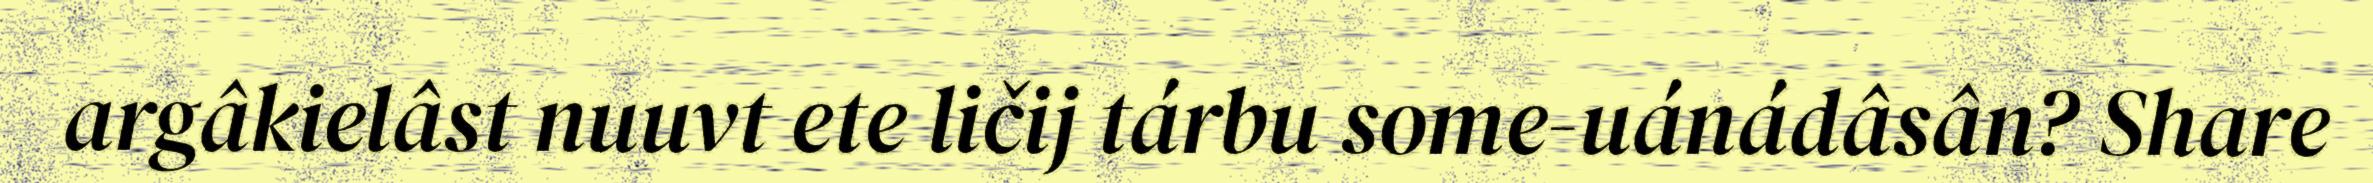
argâkielâst nuuvt ete ličij tárbu some-uánádâsân? Share